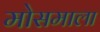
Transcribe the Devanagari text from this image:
मोसमाला